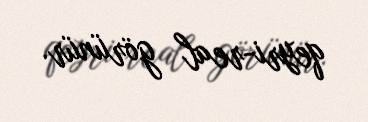
qeyri-real görünür.